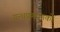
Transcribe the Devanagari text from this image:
ग्रन्थप्रणयनकाे